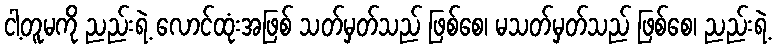
ငါ့တူမကို ညည်းရဲ့ လောင်ထုံးအဖြစ် သတ်မှတ်သည် ဖြစ်စေ၊ မသတ်မှတ်သည် ဖြစ်စေ၊ ညည်းရဲ့